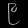
Digit: ၉